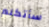
سأتكلم